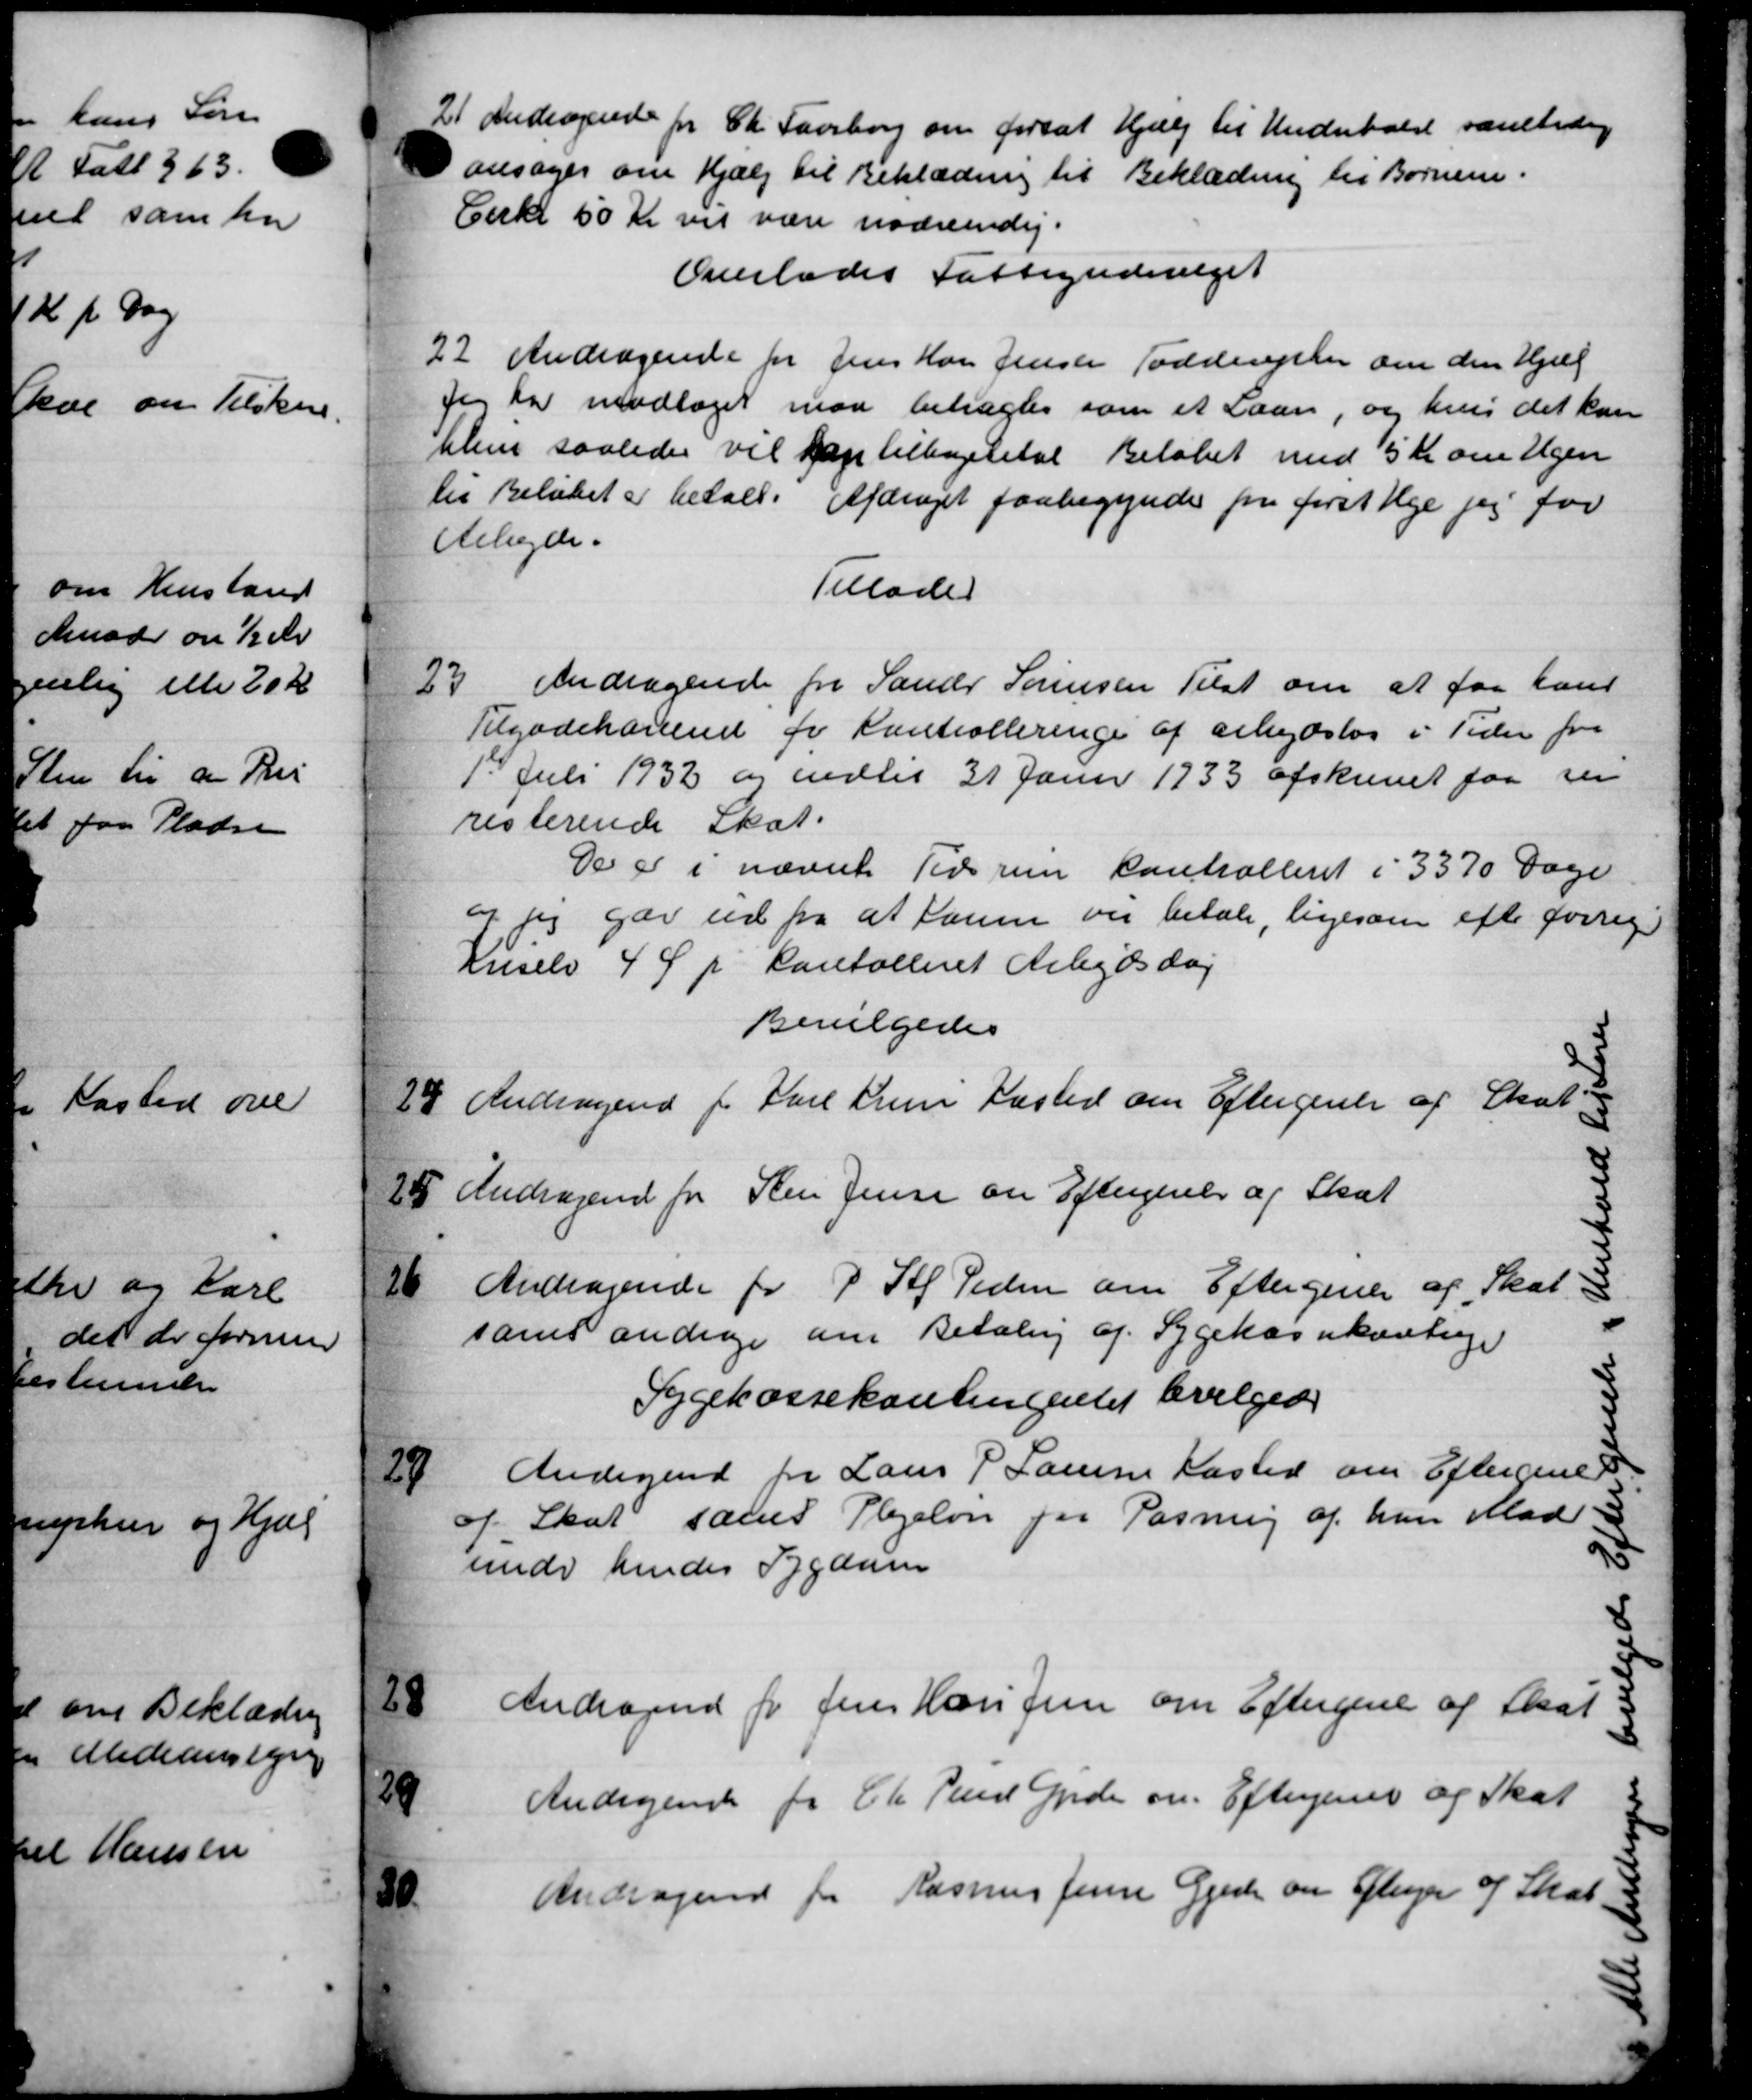
Transskription:
21
Andragende for Ch. Faaborg om forsat Hjælp til Underholdt samtidig
ansøger om Hjælp til Beklædning til Beklædning til Børnene.
Cirkl 50 Kr vil være nødvendig.
Overlades Fattigudvalget
22.
Andragende for Jens Har Jensen Todderefter om den Hjæl
Jeg har modtaget man betragtes som et Laan, og hus det kan
bleve saaledes vil han tilbagebetal Beløbet med 5 Kr om Ugen
til Beløbet er betalt. Afdraget paabegyndes for først Uge per for
Arbejde.
Tillader
23.
Andragende fra Sander Sørensen Tilst om at faar hans
Tilgodehavend for Kontrolleringe af arbejdsløs i Tiden for
1. Juli 1932 og indtil 31 Janur 1933 afskrevet faa sin
resterende Skat.
De er i nævnte Tidsrum Controllent i 3370 Dage
og jeg gar ud fra at Kanne var betale, ligesom efter forrig.
Kriselv 4 Ø p Kantalleret Arbejdsdag
Bevilgedes
24
Andragende for Karl Fru Kasted om Eftergivelse af Skat
25
Andragende fra Sten Jensen om Eftergivelse af Skat
26
Andragende for P. Af Tiden om Eftergivelse af Skat
samt andrage om Betaling af Sygekassekontinge
Sygekassekontingentet bevilgede
27
Andragende fra Laur P. Laursen Kasted om Eftergives
af Skat samt Plejeløn for Pasnig af han Mad
under hendes Sygdom
28
Andragende for Jens Hans Jensen om Eftergive af Skat
29
Andragende for Chr Peed Gjede om Eftergivet og Skat
30
Andragende for Rasmus Jensen Gjede om Glejer af Skat.